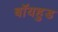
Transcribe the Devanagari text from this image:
बॉयहुड